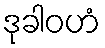
ဒုခါဝဟံ